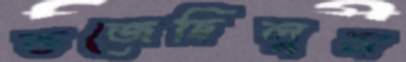
ভজেছিলুম